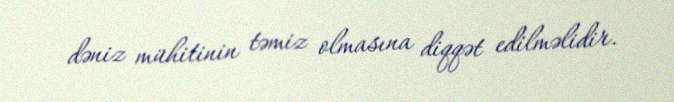
dəniz mühitinin təmiz olmasına diqqət edilməlidir.